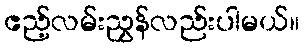
ဧည့်လမ်းညွှန်လည်းပါမယ်။